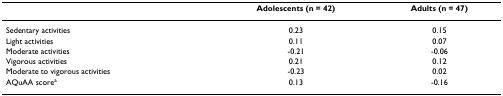
<table><thead><tr><td></td><td><b>Adolescents (n = 42)</b></td><td><b>Adults (n = 47)</b></td></tr></thead><tbody><tr><td>Sedentary activities</td><td>0.23</td><td>0.15</td></tr><tr><td>Light activities</td><td>0.11</td><td>0.07</td></tr><tr><td>Moderate activities</td><td>-0.21</td><td>-0.06</td></tr><tr><td>Vigorous activities</td><td>0.21</td><td>0.12</td></tr><tr><td>Moderate to vigorous activities</td><td>-0.23</td><td>0.02</td></tr><tr><td>AQuAA score<sup>a</sup></td><td>0.13</td><td>-0.16</td></tr></tbody></table>